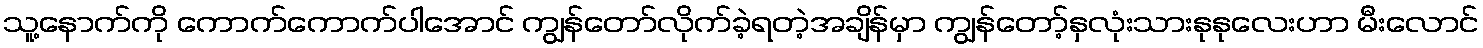
သူ့နောက်ကို ကောက်ကောက်ပါအောင် ကျွန်တော်လိုက်ခဲ့ရတဲ့အချိန်မှာ ကျွန်တော့်နှလုံးသားနုနုလေးဟာ မီးလောင်